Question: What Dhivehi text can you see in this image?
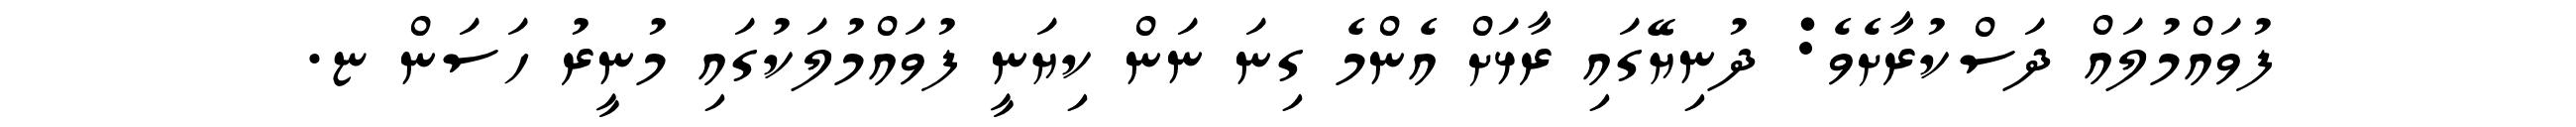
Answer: ފުވައްމުލައް ދަސްކުރާށެވެ: ދުނިޔޭގައި ރާޅަށް އެންމެ ގިނަ ނަން ކިޔަނީ ފުވައްމުލަކުގައި މުނީރު ހަސަން ޏ.